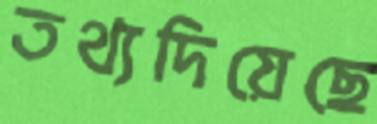
তথ্যদিয়েছে